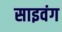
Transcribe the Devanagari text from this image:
साइवंग